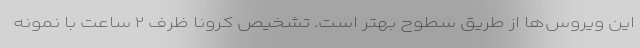
این ویروس‌ها از طریق سطوح بهتر است. تشخیص کرونا ظرف ۲ ساعت با نمونه